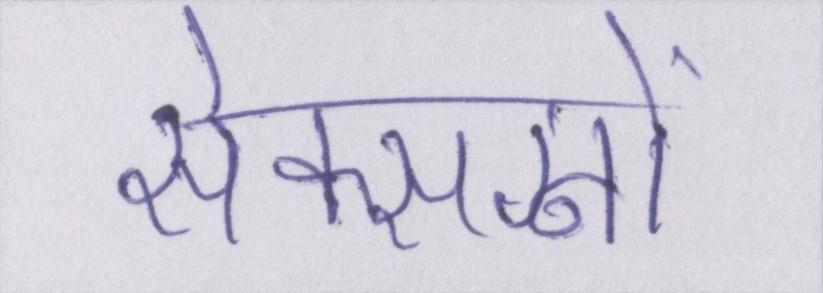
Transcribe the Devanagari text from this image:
सेक्सनों